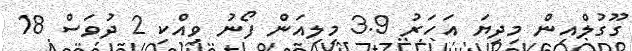
ގޫގުލްއިން މިދިޔަ އަހަރު 3.9 މިލިއަން ފޯނު ވިއްކި 2 ދުވަސް 18